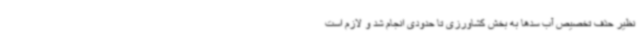
نظیر حذف تخصیص آب سدها به بخش کشاورزی تا حدودی انجام شد و لازم است